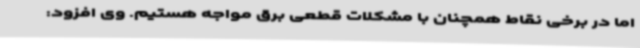
اما در برخی نقاط همچنان با مشکلات قطعی برق مواجه هستیم. وی افزود: